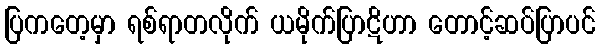
ပြကတေ့မှာ ရစ်ရာတလိုက် ယမိုက်ပြာဋိဟာ တောင့်ဆပ်ပြာပင်